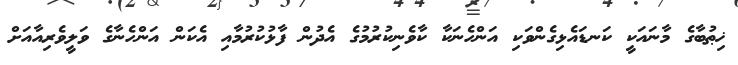
ޚިޠުބާގެ މާނައަކީ ކަނޑައެޅިގެންވަކި އަންހެނަކާ ކާވެނިކުރުމުގެ އެދުން ފާޅުކުރުމާއި އެކަން އަންހެނާގެ ވަލީވެރިއާއަށް